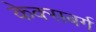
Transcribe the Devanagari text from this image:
केक्सबर्ग